Civil Veterinary Dept. North-West Frontier Province 1923-32 - 1923-1932
Year: 1923
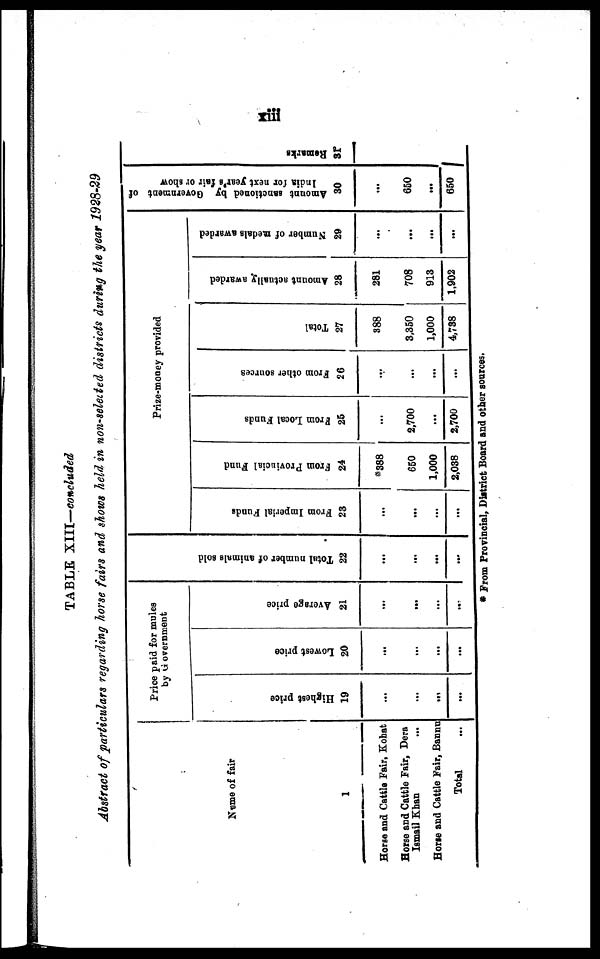
xiii
TABLE XIII—concluded
Abstract of particulars regarding horse fairs and shows held in non-selected districts during the year 1928-29
Name of fair
1
Horse and Cattle Fair, Kohat
Horse and Cattle Fair, Dera
Ismail Khan
Horse and Cattle Fair, Bannu
Total
Price paid for mules
by Government
Highest price
19
...
...
...
...
Lowest price
20
...
...
...
...
Average price
21
...
...
...
...
Tot al number of animals sold
22
…
...
...
...
Prize-money provided
From Imperial Funds
28
…
...
...
...
From Provincial Fund
24
*388
650
1,000
2,038
From
Local Funds
26
...
2,700
...
2,700
From other sources
26
...
...
...
...
Total
27
388
3,350
1,000
4,788
Amount
actually awarded
28
281
708
018
1,902
Number of medals awarded
29
…
...
...
...
Amount sanctioned by Government of
India for next year's fair or show
30
...
650
...
650
Remarks
31
* From Provincial, District Board and other sources.